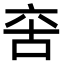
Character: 𠲩